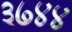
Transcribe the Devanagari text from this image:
३७४४